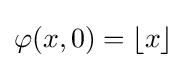
\varphi (x,0)=\lfloor x\rfloor